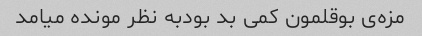
مزه‌ی بوقلمون کمی بد بودبه نظر مونده میامد